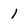
Character: 1